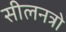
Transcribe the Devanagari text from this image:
सीलनत्रो